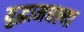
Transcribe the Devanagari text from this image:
युद्धामधल्या